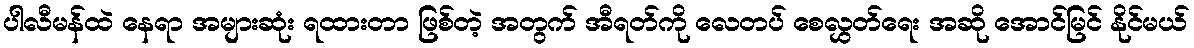
ပါလီမန်ထဲ နေရာ အများဆုံး ရထားတာ ဖြစ်တဲ့ အတွက် အီရတ်ကို လေတပ် စေလွှတ်ရေး အဆို အောင်မြင် နိုင်မယ်